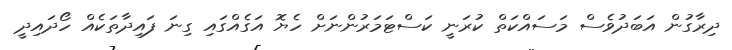
ދިރާގުން އަބަދުވެސް މަސައްކަތް ކުރަނީ ކަސްޓަމަރުންނަށް ހެޔޮ އަގެއްގައި ގިނަ ފައިދާތަކެއް ހޯދައިދީ